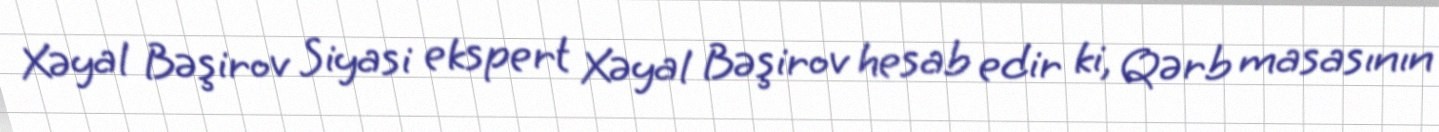
Xəyal Bəşirov Siyasi ekspert Xəyal Bəşirov hesab edir ki, Qərb masasının